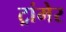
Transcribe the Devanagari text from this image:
ट्रांमेर